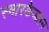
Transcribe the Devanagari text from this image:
स्मारकेजतन